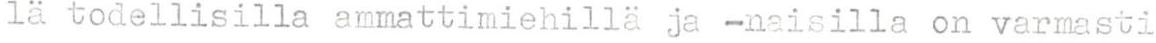
lä todellisilla ammattimiehillä ja -naisilla on varmasti